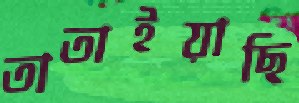
তাতাইয়াছি